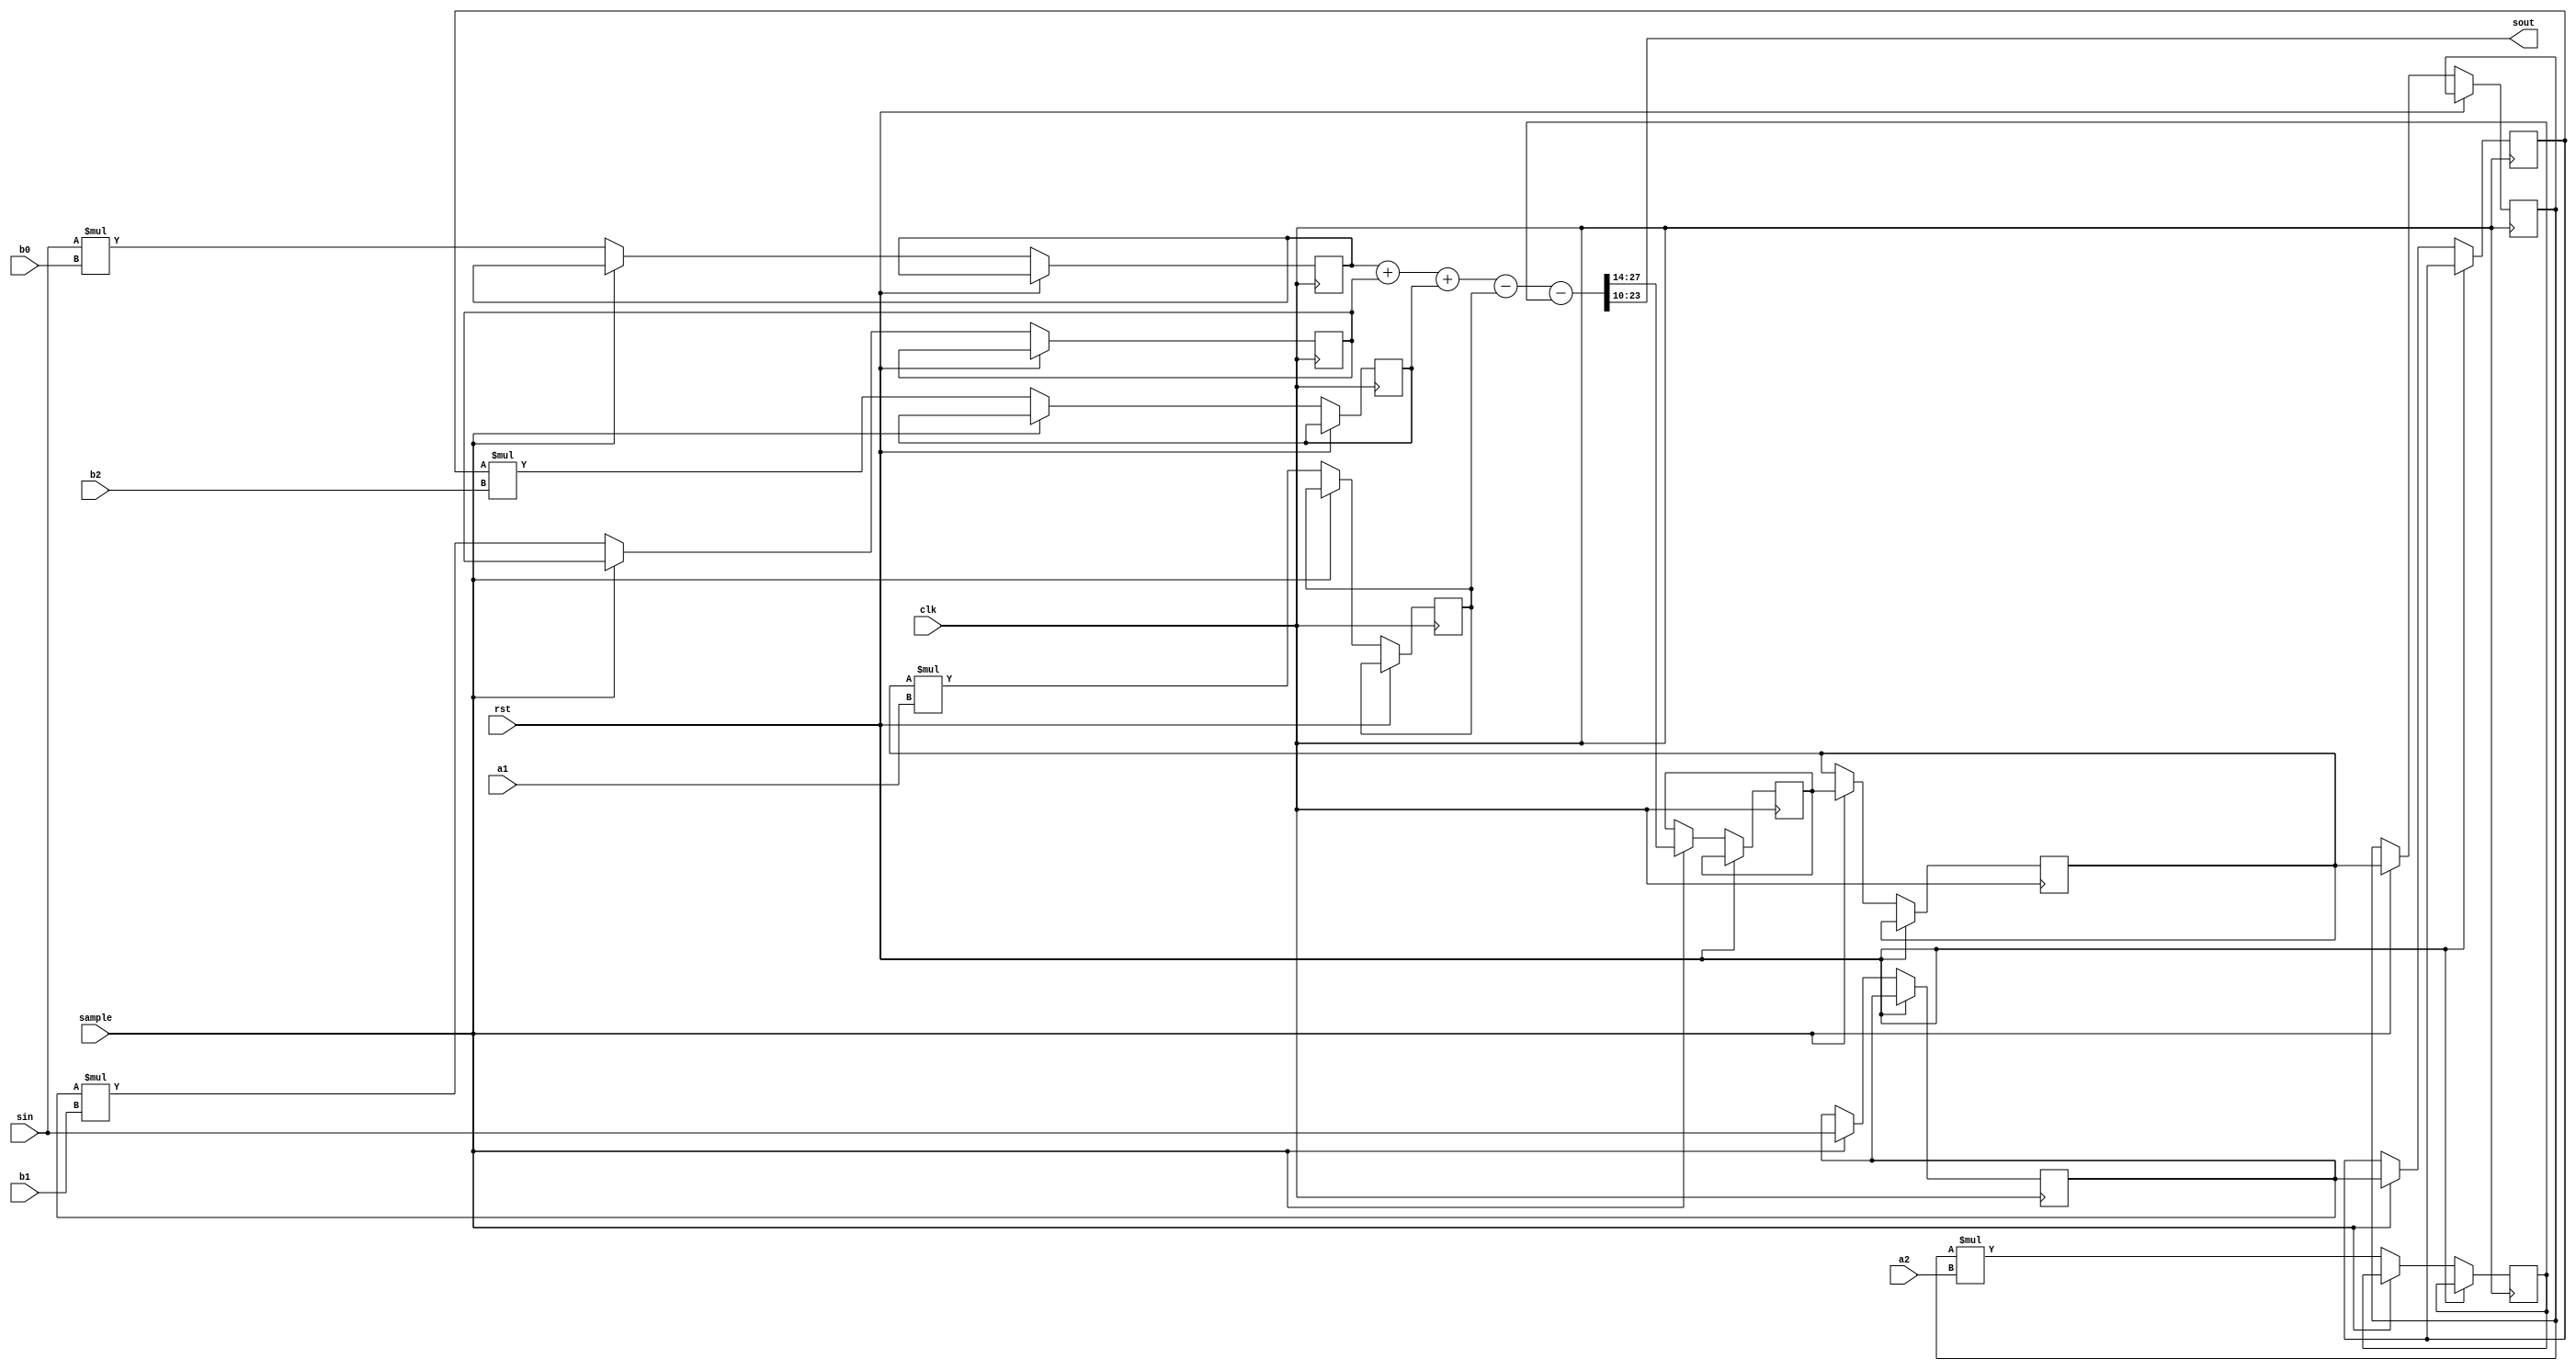
/* This file is part of JTFRAME.


    JTFRAME program is free software: you can redistribute it and/or modify
    it under the terms of the GNU General Public License as published by
    the Free Software Foundation, either version 3 of the License, or
    (at your option) any later version.

    JTFRAME program is distributed in the hope that it will be useful,
    but WITHOUT ANY WARRANTY; without even the implied warranty of
    MERCHANTABILITY or FITNESS FOR A PARTICULAR PURPOSE.  See the
    GNU General Public License for more details.

    You should have received a copy of the GNU General Public License
    along with JTFRAME.  If not, see <http://www.gnu.org/licenses/>.

    Author: Jose Tejada Gomez. Twitter: @topapate
    Version: 1.0
    Date: 13-1-2021

*/

// Second order IIR filter
module jtframe_iir2 #(parameter
    WS=14,
    G = 4   // Gain = 2^G, G>0 needed for unity gain depending on
            // coefficient scaling
)(
    input                      rst,
    input                      clk,
    input                      sample,
    input      signed [WS-1:0] sin,
    input      signed [WS-1:0] b0,b1,b2,a1,a2,    // coefficients (a0=1)
    output     signed [WS-1:0] sout
);

reg  signed [WS-1:0] x1, x2, y0, y1, y2; // previous signals
wire signed [WS-1:0] x0;
reg  signed [WS*2-1:0] xb0,xb1,xb2,ya1,ya2;
wire signed [WS*2-1:0] sum;

assign x0  = sin;
assign sout= sum[(WS*2-1-G)-:WS];
assign sum = xb0+xb1+xb2-ya1-ya2;

always @(posedge clk, posedge rst) begin
    if( rst ) begin
    end else begin
        if(sample) begin
            x2 <= x1;
            x1 <= x0;
            y2 <= y1;
            y1 <= y0;
            // y0 <= ^sum[WC*2+3:WC*2-1] ? { sum[WC*2+3], {WC-1{~sum[WC*2+3]}}} : sum[(WC*2-1)-:WC];
            y0 <= sum[WS+:WS];
        end else begin
            xb0 <= x0*b0;
            xb1 <= x1*b1;
            xb2 <= x2*b2;
            ya1 <= y1*a1;
            ya2 <= y2*a2;
        end
    end
end

endmodule